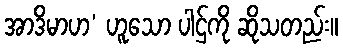
အာဒိမာဟ’ ဟူသော ပါဌ်ကို ဆိုသတည်း။